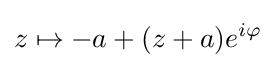
z\mapsto -a+(z+a)e^{i\varphi }